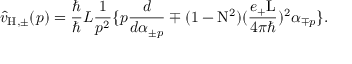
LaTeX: \hat { v } _ { \mathrm { H , \pm } } ( p ) = \frac { \hbar } { \hbar } { L } \frac { 1 } { p ^ { 2 } } \{ p \frac { d } { d { \alpha } _ { \pm p } } \mp ( 1 - \mathrm { N } ^ { 2 } ) ( \frac { e _ { + } \mathrm { L } } { 4 { \pi } { \hbar } } ) ^ { 2 } { \alpha } _ { \mp p } \} .